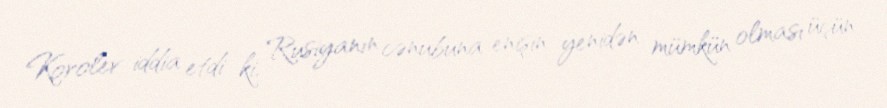
Korolev iddia etdi ki, Rusiyanın cənubuna enişin yenidən mümkün olması üçün